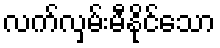
လက်လှမ်းမီနိုင်သော